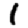
Digit: 1